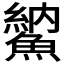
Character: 𩺈